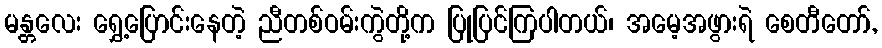
မန္တလေး ရွှေ့ပြောင်းနေတဲ့ ညီတစ်ဝမ်းကွဲတို့က ပြုပြင်ကြပါတယ်၊ အမေ့အဖွားရဲ စေတီတော်,